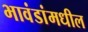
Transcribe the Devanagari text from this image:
भावंडांमधील